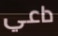
داعي